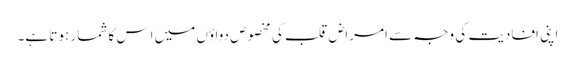
اپنی افادیت کی وجہ سے امراضِ قلب کی مخصوص دواؤں میں اِس کا شمار ہوتا ہے۔